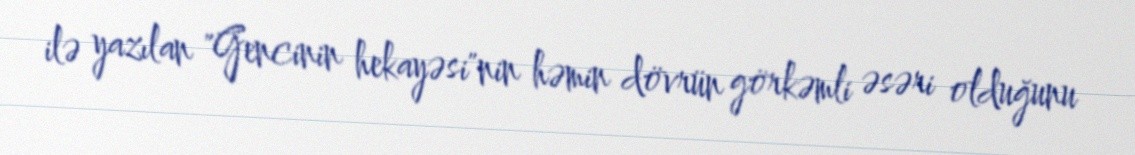
ilə yazılan "Gencinin hekayəsi"nin həmin dövrün görkəmli əsəri olduğunu